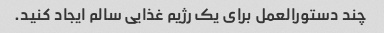
چند دستورالعمل برای یک رژیم غذایی سالم ایجاد کنید.